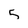
Character: 5